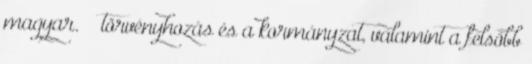
magyar.” → törvényhozás és a kormányzat, valamint a felsőbb